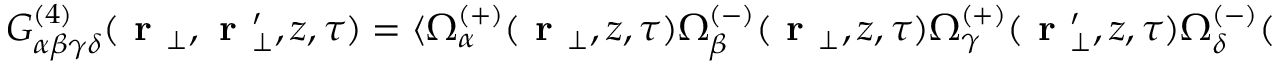
\begin{array} { r } { G _ { \alpha \beta \gamma \delta } ^ { ( 4 ) } ( \textbf { r } _ { \perp } , \textbf { r } _ { \perp } ^ { \prime } , z , \tau ) = \langle \Omega _ { \alpha } ^ { ( + ) } ( \textbf { r } _ { \perp } , z , \tau ) \Omega _ { \beta } ^ { ( - ) } ( \textbf { r } _ { \perp } , z , \tau ) \Omega _ { \gamma } ^ { ( + ) } ( \textbf { r } _ { \perp } ^ { \prime } , z , \tau ) \Omega _ { \delta } ^ { ( - ) } ( \textbf { r } _ { \perp } ^ { \prime } , z , \tau ) \rangle , } \end{array}